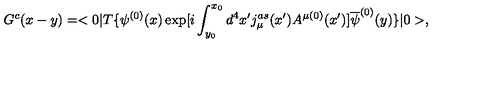
G ^ { c } ( x - y ) = < 0 | T \{ \psi ^ { ( 0 ) } ( x ) \exp [ i \int _ { y _ { 0 } } ^ { x _ { 0 } } d ^ { 4 } x ^ { \prime } j _ { \mu } ^ { a s } ( x ^ { \prime } ) A ^ { \mu ( 0 ) } ( x ^ { \prime } ) ] \overline { { \psi } } ^ { ( 0 ) } ( y ) \} | 0 > ,